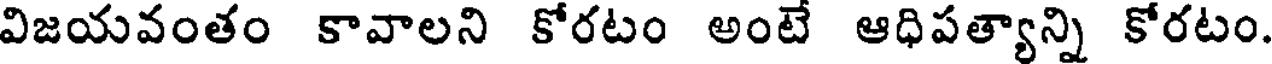
విజయవంతం కావాలని కోరటం అంటే ఆధిపత్యాన్ని కోరటం.